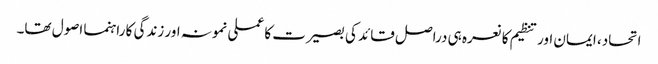
اتحاد، ایمان اور تنظیم کا نعرہ ہی دراصل قائد کی بصیرت کا عملی نمونہ اور زندگی کا راہنما اصول تھا۔